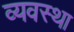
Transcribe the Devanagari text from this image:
व्‍यवस्था